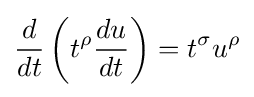
{\frac {d}{dt}}\left(t^{\rho }{\frac {du}{dt}}\right)=t^{\sigma }u^{\rho }